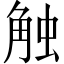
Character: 触